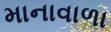
માનાવાળા